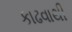
કાઢવાથી